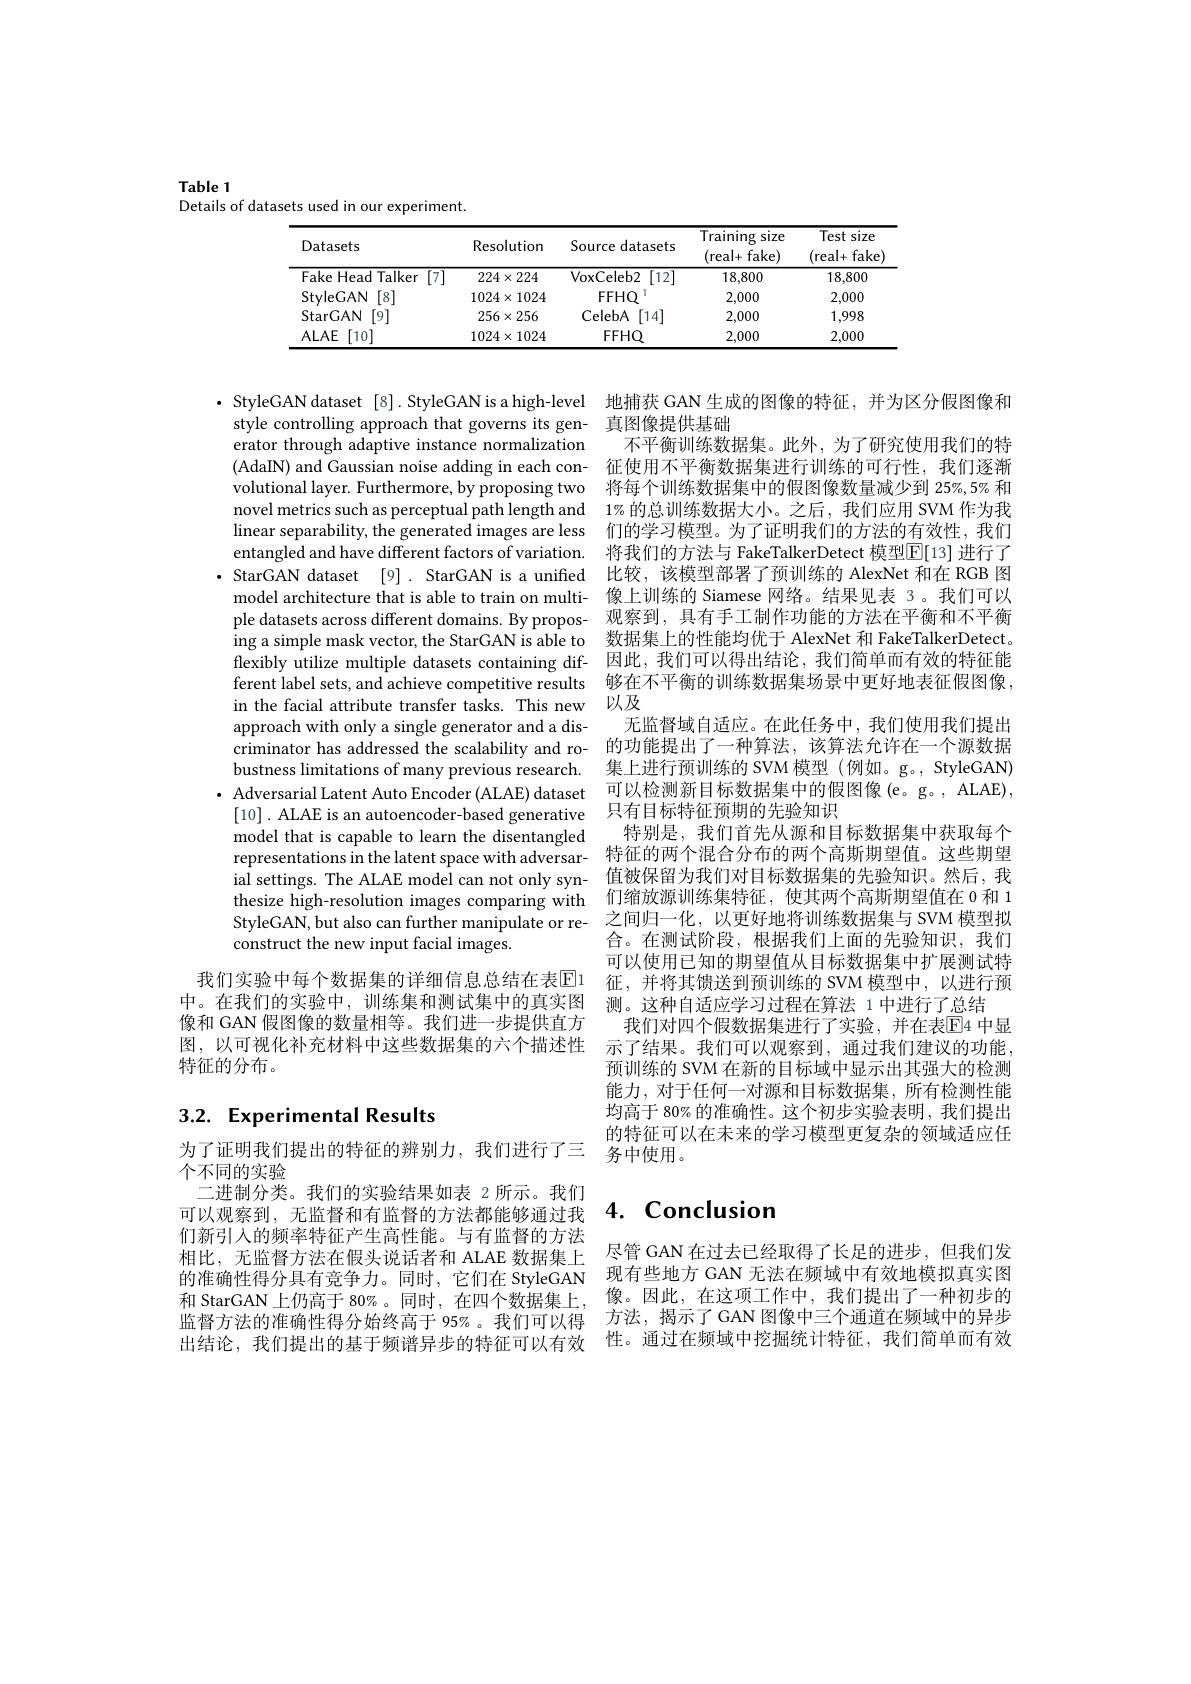
Table 1

Details of datasets used in our experiment.

<table>
	<tbody>
		<tr>
			<th>Datasets</th>
			<th>Resolution</th>
			<th>Source datasets</th>
			<th>$\overline{{\mathrm{Training}}}$ size (real+ fake)</th>
			<th>Test s size fake (real+ </th>
		</tr>
		<tr>
			<td>Fake Head Talker [7]</td>
			<td>$224\times224$</td>
			<td>$\operatorname{VoxCeleb2}$ $\overline{[12]}$</td>
			<td>18,800</td>
			<td>18,800</td>
		</tr>
		<tr>
			<td>StyleGAN [8]</td>
			<td>$1024\times1024$</td>
			<td>$FFHQ$</td>
			<td>2,000</td>
			<td>2,000</td>
		</tr>
		<tr>
			<td>StarGAN [9]</td>
			<td>$256\times256$</td>
			<td>CelebA [14]</td>
			<td>2,000</td>
			<td>1,998</td>
		</tr>
		<tr>
			<td>$ALAE$ [10]</td>
			<td>$1024\times1024$</td>
			<td>$FFHQ$</td>
			<td>2,000</td>
			<td>2,000</td>
		</tr>
	</tbody>
</table>

$\cdot$ StyleGAN dataset [8]. StyleGAN is a high-level
style controlling approach that governs its gen- 真图像提供基础
erator through adaptive instance normalization (AdaIN) and Gaussian noise adding in each convolutional layer. Furthermore, by proposing two novel metrics such as perceptual path length and linear separability, the generated images are less 们的学习模型。为了证明我们的方法的有效性，我们
entangled and have different factors of variation. $\cdot$ StarGAN dataset [9]. StarGAN is a unified
model architecture that is able to train on multiple datasets across different domains. By proposing a simple mask vector, the StarGAN is able to flexibly utilize multiple datasets containing different label sets, and achieve competitive results in the facial attribute transfer tasks. This new approach with only a single generator and a discriminator has addressed the scalability and robustness limitations of many previous research. $\cdot$ Adversarial Latent Auto Encoder (ALAE) dataset
[10]. ALAE is an autoencoder-based generative model that is capable to learn the disentangled representations in the latent space with adversarial settings. The ALAE model can not only synthesize high-resolution images comparing with StyleGAN, but also can further manipulate or reconstruct the new input facial images.
我们实验中每个数据集的详细信息总结在表$\mathbb{E}$1

够在不平衡的训练数据集场景中更好地表征假图像，
以及

地捕获 GAN 生成的图像的特征，并为区分假图像和
不平衡训练数据集。此外，为了研究使用我们的特征使用不平衡数据集进行训练的可行性，我们逐渐将每个训练数据集中的假图像数量减少到 25%, 5% 和$1\%$的总训练数据大小。之后，我们应用 SVM 作为我将我们的方法与 FakeTalkerDetect 模型$\mathbb{E}[13]$ 进行了比较，该模型部署了预训练的 AlexNet 和在 RGB 图像上训练的 Siamese 网络。结果见表 3。我们可以观察到，具有手工制作功能的方法在平衡和不平衡数据集上的性能均优于 AlexNet 和 FakeTalkerDetect。因此，我们可以得出结论，我们简单而有效的特征能
无监督域自适应。在此任务中，我们使用我们提出的功能提出了一种算法，该算法允许在一个源数据集上进行预训练的 SVM 模型(例如。g。, StyleGAN) 可以检测新目标数据集中的假图像(e。g。,ALAE), 只有目标特征预期的先验知识
特别是，我们首先从源和目标数据集中获取每个特征的两个混合分布的两个高斯期望值。这些期望值被保留为我们对目标数据集的先验知识。然后，我们缩放源训练集特征，使其两个高斯期望值在 0 和 1之间归一化，以更好地将训练数据集与 SVM 模型拟合。在测试阶段，根据我们上面的先验知识，我们可以使用已知的期望值从目标数据集中扩展测试特征，并将其馈送到预训练的 SVM 模型中，以进行预测。这种自适应学习过程在算法 1 中进行了总结
我们对四个假数据集进行了实验，并在表$\overline{\mathrm{E}}$4 中显示了结果。我们可以观察到，通过我们建议的功能， 预训练的 SVM 在新的目标域中显示出其强大的检测能力，对于任何一对源和目标数据集，所有检测性能均高于 80% 的准确性。这个初步实验表明，我们提出的特征可以在未来的学习模型更复杂的领域适应任务中使用。

中。在我们的实验中，训练集和测试集中的真实图像和 GAN 假图像的数量相等。我们进一步提供直方图，以可视化补充材料中这些数据集的六个描述性特征的分布。

## 3.2. Experimental Results

### $4. \textbf{ Conclusion}$

为了证明我们提出的特征的辨别力，我们进行了三
个不同的实验
二进制分类。我们的实验结果如表 2 所示。我们可以观察到，无监督和有监督的方法都能够通过我们新引入的频率特征产生高性能。与有监督的方法相比，无监督方法在假头说话者和 ALAE 数据集上的准确性得分具有竞争力。同时，它们在 StyleGAN 和 StarGAN 上仍高于 80%。同时，在四个数据集上， 监督方法的准确性得分始终高于 95% 。我们可以得出结论，我们提出的基于频谱异步的特征可以有效

尽管 GAN 在过去已经取得了长足的进步，但我们发现有些地方 GAN 无法在频域中有效地模拟真实图像。因此，在这项工作中，我们提出了一种初步的方法，揭示了GAN 图像中三个通道在频域中的异步性。通过在频域中挖掘统计特征，我们简单而有效